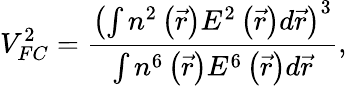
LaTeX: V_{FC}^{2}=\frac{\left(\int n^{2}\left(\vec{r}\right)E^{2}\left(\vec{r}\right)d\vec{r}\right)^{3}}{\int n^{6}\left(\vec{r}\right)E^{6}\left(\vec{r}\right)d\vec{r}},